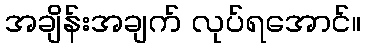
အချိန်းအချက် လုပ်ရအောင်။